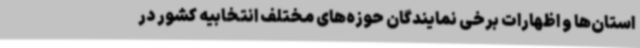
استان‌ها و اظهارات برخی نمایندگان حوزه‌های مختلف انتخابیه کشور در